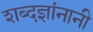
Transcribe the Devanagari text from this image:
शब्दज्ञांनानी